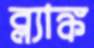
ব্ল্যাঙ্ক